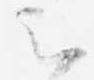
云